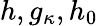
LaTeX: h,g_{\kappa},h_{0}